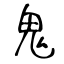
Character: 鬼